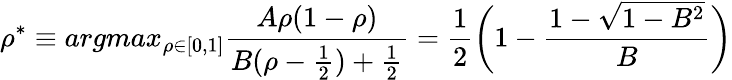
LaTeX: \rho^{*}\equiv argmax_{\rho\in[0,1]}\frac{A\rho(1-\rho)}{B(\rho-\frac{1}{2})+\frac{1}{2}}=\frac{1}{2}\bigg(1-\frac{1-\sqrt{1-B^{2}}}{B}\bigg)